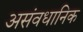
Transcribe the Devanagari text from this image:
असंवधानिक